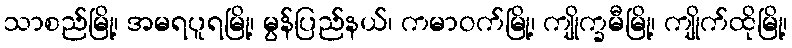
သာစည်မြို့၊ အမရပူရမြို့၊ မွန်ပြည်နယ်၊ ကမာဝက်မြို့၊ ကျိုက္ခမီမြို့၊ ကျိုက်ထိုမြို့၊